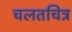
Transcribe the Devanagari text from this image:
चलतचित्र